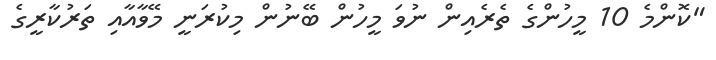
"ކޮންމެ 10 މީހުންގެ ތެރެއިން ނުވަ މީހުން ބޭނުން މިކުރަނީ މޭވާއާއި ތަރުކާރީގެ